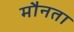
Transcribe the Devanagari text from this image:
मौनता